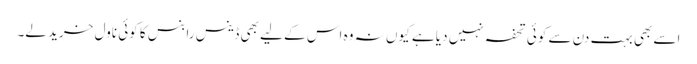
اسے بھی بہت دن سے کوئی تحفہ نہیں دیا ہے کیوں نہ وہ اس کے لیے بھی ڈینس رابنس کا کوئی ناول خرید لے۔